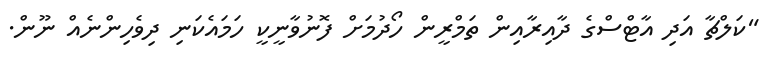
"ކަލްޗާ އަދި އާޓްސްގެ ދާއިރާއިން ތަމްރީން ހޯދުމަށް ފޮނުވާނީކީ ހަމައެކަނި ދިވެހިންނެއް ނޫން.